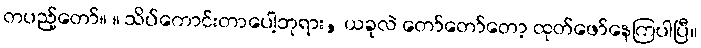
တပည့်တော်။ ။ သိပ်ကောင်းတာပေါ့ဘုရား, ယခုလဲ တော်တော်တော့ ထုတ်ဖော်နေကြပါပြီ။